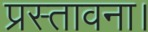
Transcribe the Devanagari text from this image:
प्रस्तावना।